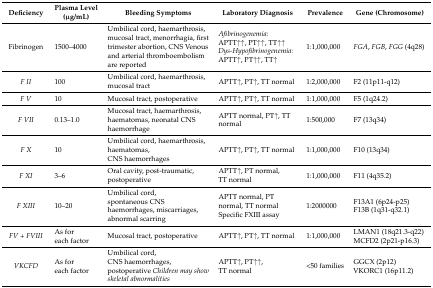
<table><thead><tr><td><b>Deficiency</b></td><td><b>Plasma Level (μg/mL)</b></td><td><b>Bleeding Symptoms</b></td><td><b>Laboratory Diagnosis</b></td><td><b>Prevalence</b></td><td><b>Gene (Chromosome)</b></td></tr></thead><tbody><tr><td>Fibrinogen</td><td>1500–4000</td><td>Umbilical cord, haemarthrosis, mucosal tract, menorrhagia, first trimester abortion, CNS Venous and arterial thromboembolism are reported</td><td><i>Afibrinogenemia:</i>APTT↑↑, PT↑↑, TT↑↑<i>Dys-Hypofibrinogenemia:</i>APTT↑, PT↑↑, TT↑</td><td>1:1,000,000</td><td><i>FGA</i>, <i>FGB</i>, <i>FGG</i> (4q28)</td></tr><tr><td><i>F II</i></td><td>100</td><td>Umbilical cord, haemarthrosis, mucosal tract</td><td>APTT↑, PT↑, TT normal</td><td>1:2,000,000</td><td>F2 (11p11-q12)</td></tr><tr><td><i>F V</i></td><td>10</td><td>Mucosal tract, postoperative</td><td>APTT↑, PT↑, TT normal</td><td>1:1,000,000</td><td>F5 (1q24.2)</td></tr><tr><td><i>F VII</i></td><td>0.13–1.0</td><td>Mucosal tract, haemarthrosis, haematomas, neonatal CNS haemorrhage</td><td>APTT normal, PT↑, TT normal</td><td>1:500,000</td><td>F7 (13q34)</td></tr><tr><td><i>F X</i></td><td>10</td><td>Umbilical cord, haemarthrosis, haematomas, CNS haemorrhages</td><td>APTT↑, PT↑, TT normal</td><td>1:1,000,000</td><td>F10 (13q34)</td></tr><tr><td><i>F XI</i></td><td>3–6</td><td>Oral cavity, post-traumatic, postoperative</td><td>APTT↑, PT normal, TT normal</td><td>1:1,000,000</td><td>F11 (4q35.2)</td></tr><tr><td><i>F XIII</i></td><td>10–20</td><td>Umbilical cord, spontaneous CNS haemorrhages, miscarriages, abnormal scarring</td><td>APTT normal, PT normal, TT normal Specific FXIII assay</td><td>1:2000000</td><td>F13A1 (6p24-p25) F13B (1q31-q32.1)</td></tr><tr><td><i>FV + FVIII</i></td><td>As for each factor</td><td>Mucosal tract, postoperative</td><td>APTT↑, PT↑, TT normal</td><td>1:1,000,000</td><td>LMAN1 (18q21.3-q22) MCFD2 (2p21-p16.3)</td></tr><tr><td><i>VKCFD</i></td><td>As for each factor</td><td>Umbilical cord, CNS haemorrhages, postoperative <i>Children may show skeletal abnormalities</i></td><td>APTT↑, PT↑↑, TT normal</td><td>&lt;50 families</td><td>GGCX (2p12) VKORC1 (16p11.2)</td></tr></tbody></table>